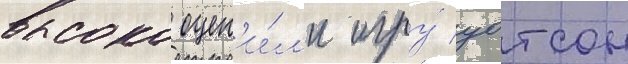
высоко оцен'и́л'и игру́ уотсон